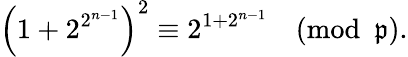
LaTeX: \left(1+2^{2^{n-1}}\right)^{2}\equiv2^{1+2^{n-1}}{\pmod{\mathfrak{p}}}.